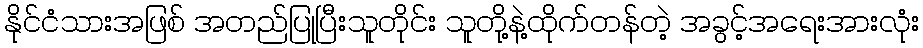
နိုင်ငံသားအဖြစ် အတည်ပြုပြီးသူတိုင်း သူတို့နဲ့ထိုက်တန်တဲ့ အခွင့်အရေးအားလုံး